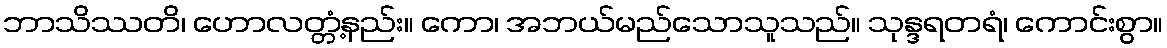
ဘာသိဿတိ၊ ဟောလတ္တံ့နည်း။ ကော၊ အဘယ်မည်သောသူသည်။ သုန္ဒရတရံ၊ ကောင်းစွာ။